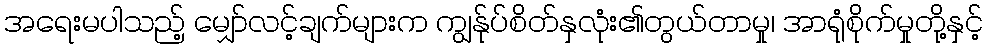
အရေးမပါသည့် မျှော်လင့်ချက်များက ကျွန်ုပ်စိတ်နှလုံး၏တွယ်တာမှု၊ အာရုံစိုက်မှုတို့နှင့်